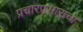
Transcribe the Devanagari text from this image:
प्रचारप्रसाराचा